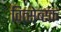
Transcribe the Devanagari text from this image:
वित्सेब्स्क